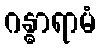
ဂန္ဓာရာမံ